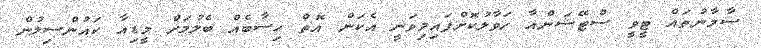
ސާމާނުތައް ޓީވީ ސްޓޭޝަންއާ ހަވާލުކޮށްފައިމިވަނީ އެކަން އޮތް ހިސާބެއް ބެލުމަށް މީޑިއާ ކައުންސިލުން